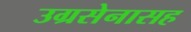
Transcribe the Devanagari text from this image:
उग्रसेनासह